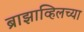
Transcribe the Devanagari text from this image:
ब्राझाव्हिलच्या